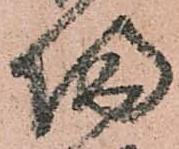
帰